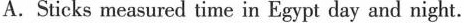
A. Sticks measured time in Egypt day and night.